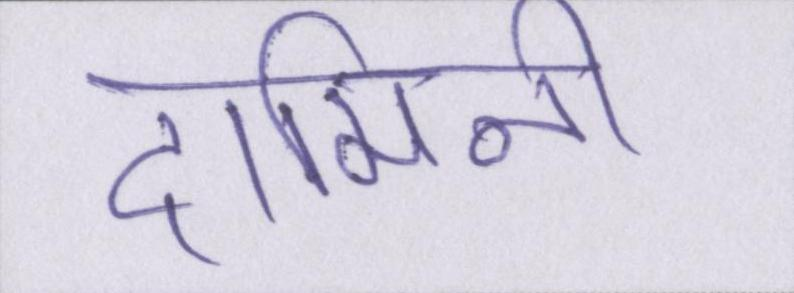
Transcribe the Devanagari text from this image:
दामिनी